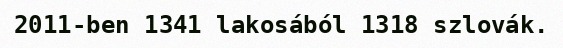
2011-ben 1341 lakosából 1318 szlovák.